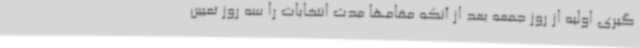
گیری اولیه از روز جمعه بعد از آنکه مقامها مدت انتخابات را سه روز تعیین